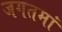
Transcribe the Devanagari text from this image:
जगतमां